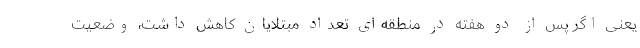
یعنی اگر پس از دو هفته در منطقه‌ای تعداد مبتلایان کاهش داشت، وضعیت